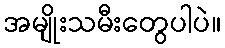
အမျိုးသမီးတွေပါပဲ။